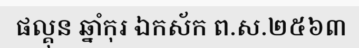
ផល្គុន ឆ្នាំកុរ ឯកស័ក ព.ស.២៥៦៣